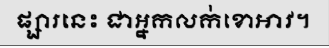
ផ្សារនេះ ជាអ្នកលក់ខោអាវ។